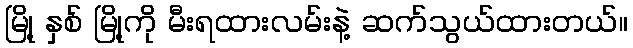
မြို့ နှစ် မြို့ကို မီးရထားလမ်းနဲ့ ဆက်သွယ်ထားတယ်။